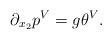
LaTeX: \begin{align*} \partial_{x_2}p^V = g\theta^V.\end{align*}